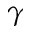
\gamma